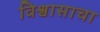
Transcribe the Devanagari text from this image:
विश्वासाचा